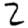
Digit: 2